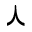
\curlywedge